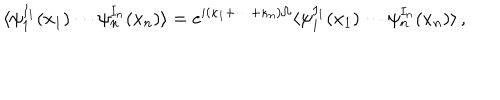
LaTeX: \langle \psi _ { 1 } ^ { I _ { 1 } } ( x _ { 1 } ) \cdots \psi _ { n } ^ { I _ { n } } ( x _ { n } ) \rangle = e ^ { i ( \kappa _ { 1 } + \cdots + \kappa _ { n } ) \Omega } \langle \psi _ { 1 } ^ { I _ { 1 } } ( x _ { 1 } ) \cdots \psi _ { n } ^ { I _ { n } } ( x _ { n } ) \rangle \, ,